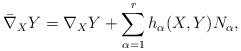
LaTeX: \begin{align*}\bar{\nabla}_{X}Y=\nabla_XY+\sum_{\alpha=1}^rh_{\alpha}(X,Y)N_{\alpha},\end{align*}